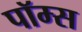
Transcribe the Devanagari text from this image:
पॉम्स